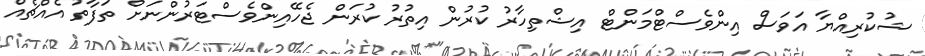
ޝުކުރިއްޔާ އަވަސް އިންވެސްޓްމަންޓް އިޝްތިހާރު ކުރުން އިތުރު ކުރަން ޖެހޭއިންވެސްޓަރުންނަށް ތަފާތު އެއްޗެއް